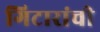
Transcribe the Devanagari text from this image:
गिटारांची